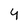
Character: 4